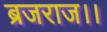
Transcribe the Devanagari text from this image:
ब्रजराज।।